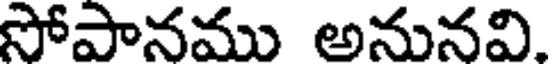
సోపానము అనునవి.